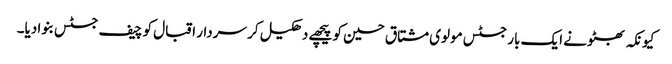
کیونکہ بھٹو نے ایک بار جسٹس مولوی مشتاق حسین کو پیچھے دھکیل کر سردار اقبال کو چیف جسٹس بنوا دیا۔